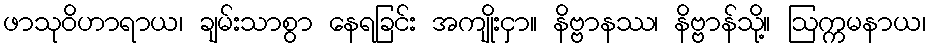
ဖာသုဝိဟာရာယ၊ ချမ်းသာစွာ နေရခြင်း အကျိုးငှာ။ နိဗ္ဗာနဿ၊ နိဗ္ဗာန်သို့။ ဩက္ကမနာယ၊